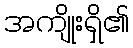
အကျိုးရှိ၏